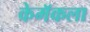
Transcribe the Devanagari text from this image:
केमॅकला